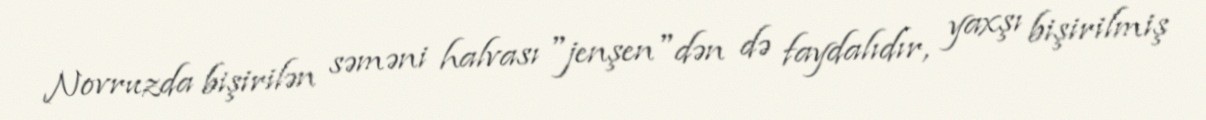
Novruzda bişirilən səməni halvası "jenşen"dən də faydalıdır, yaxşı bişirilmiş